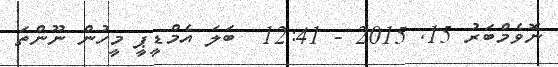
ނޮވެމްބަރު 15